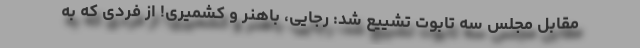
مقابل مجلس سه تابوت تشییع شد: رجایی، باهنر و کشمیری! از فردی که به